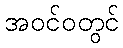
အဝင်ဝတွင်